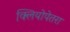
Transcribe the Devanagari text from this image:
क्लियोपेतरा